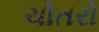
ચોતરો